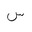
Letter: _sin